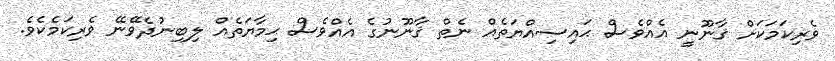
ވެރިކަމަކަށް ޤާނޫނީ އެއްވެސް ޙައިސިއްޔަތެއް ނެތް ޤާނޫނުގެ އެއްވެސް ޙިމާޔަތެއް ލިބިނުދެވޭނޭ ވެރިކަމެކެވެ.